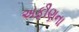
અફીણના